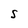
Character: S